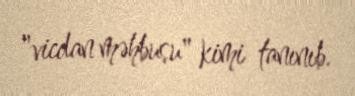
"vicdan məhbusu" kimi tanınıb.